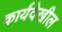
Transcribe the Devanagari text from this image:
कार्यदेखील